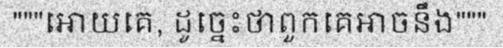
"""អោយគេ, ដូច្នេះថាពួកគេអាចនឹង"""